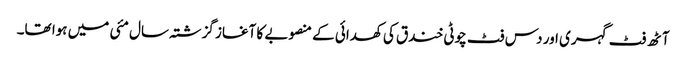
آٹھ فٹ گہری اور دس فٹ چوٹی خندق کی کھدائی کے منصوبے کا آغاز گزشتہ سال مئی میں ہوا تھا۔